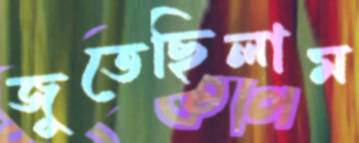
জুতেছিলাম